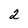
Character: 2